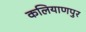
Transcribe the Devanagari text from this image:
कलियाणपुर